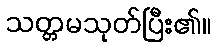
သတ္တမသုတ်ပြီး၏။